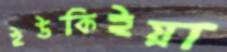
ইউকিইয়া